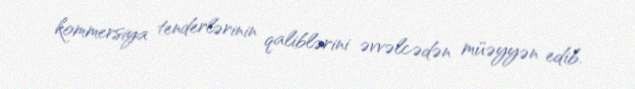
kommersiya tenderlərinin qaliblərini əvvəlcədən müəyyən edib.